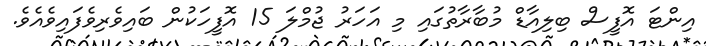
އިންޓަ އޮފީސް ބިލިއާޑް މުބާރާތުގައި މި އަހަރު ޖުމްލަ 15 އޮފީހަކުން ބައިވެރިވެފައިވެއެވެ.